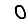
Digit: 0